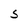
Character: S